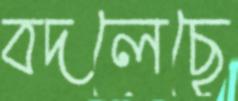
বদলেছে